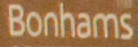
Bonhams